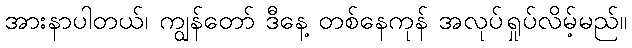
အားနာပါတယ်၊ ကျွန်တော် ဒီနေ့ တစ်နေကုန် အလုပ်ရှုပ်လိမ့်မည်။